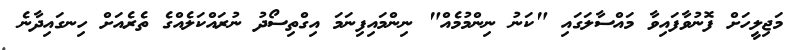
މަޖިލީހަށް ފޮނުވާފައިވާ މައްސާލަގައި "ކަނު ނިންމުމެއް" ނިންމައިފިނަމަ އިގްތިސޯދު ނުރައްކަލެއްގެ ތެރެއަށް ހިނގައިދާނެ